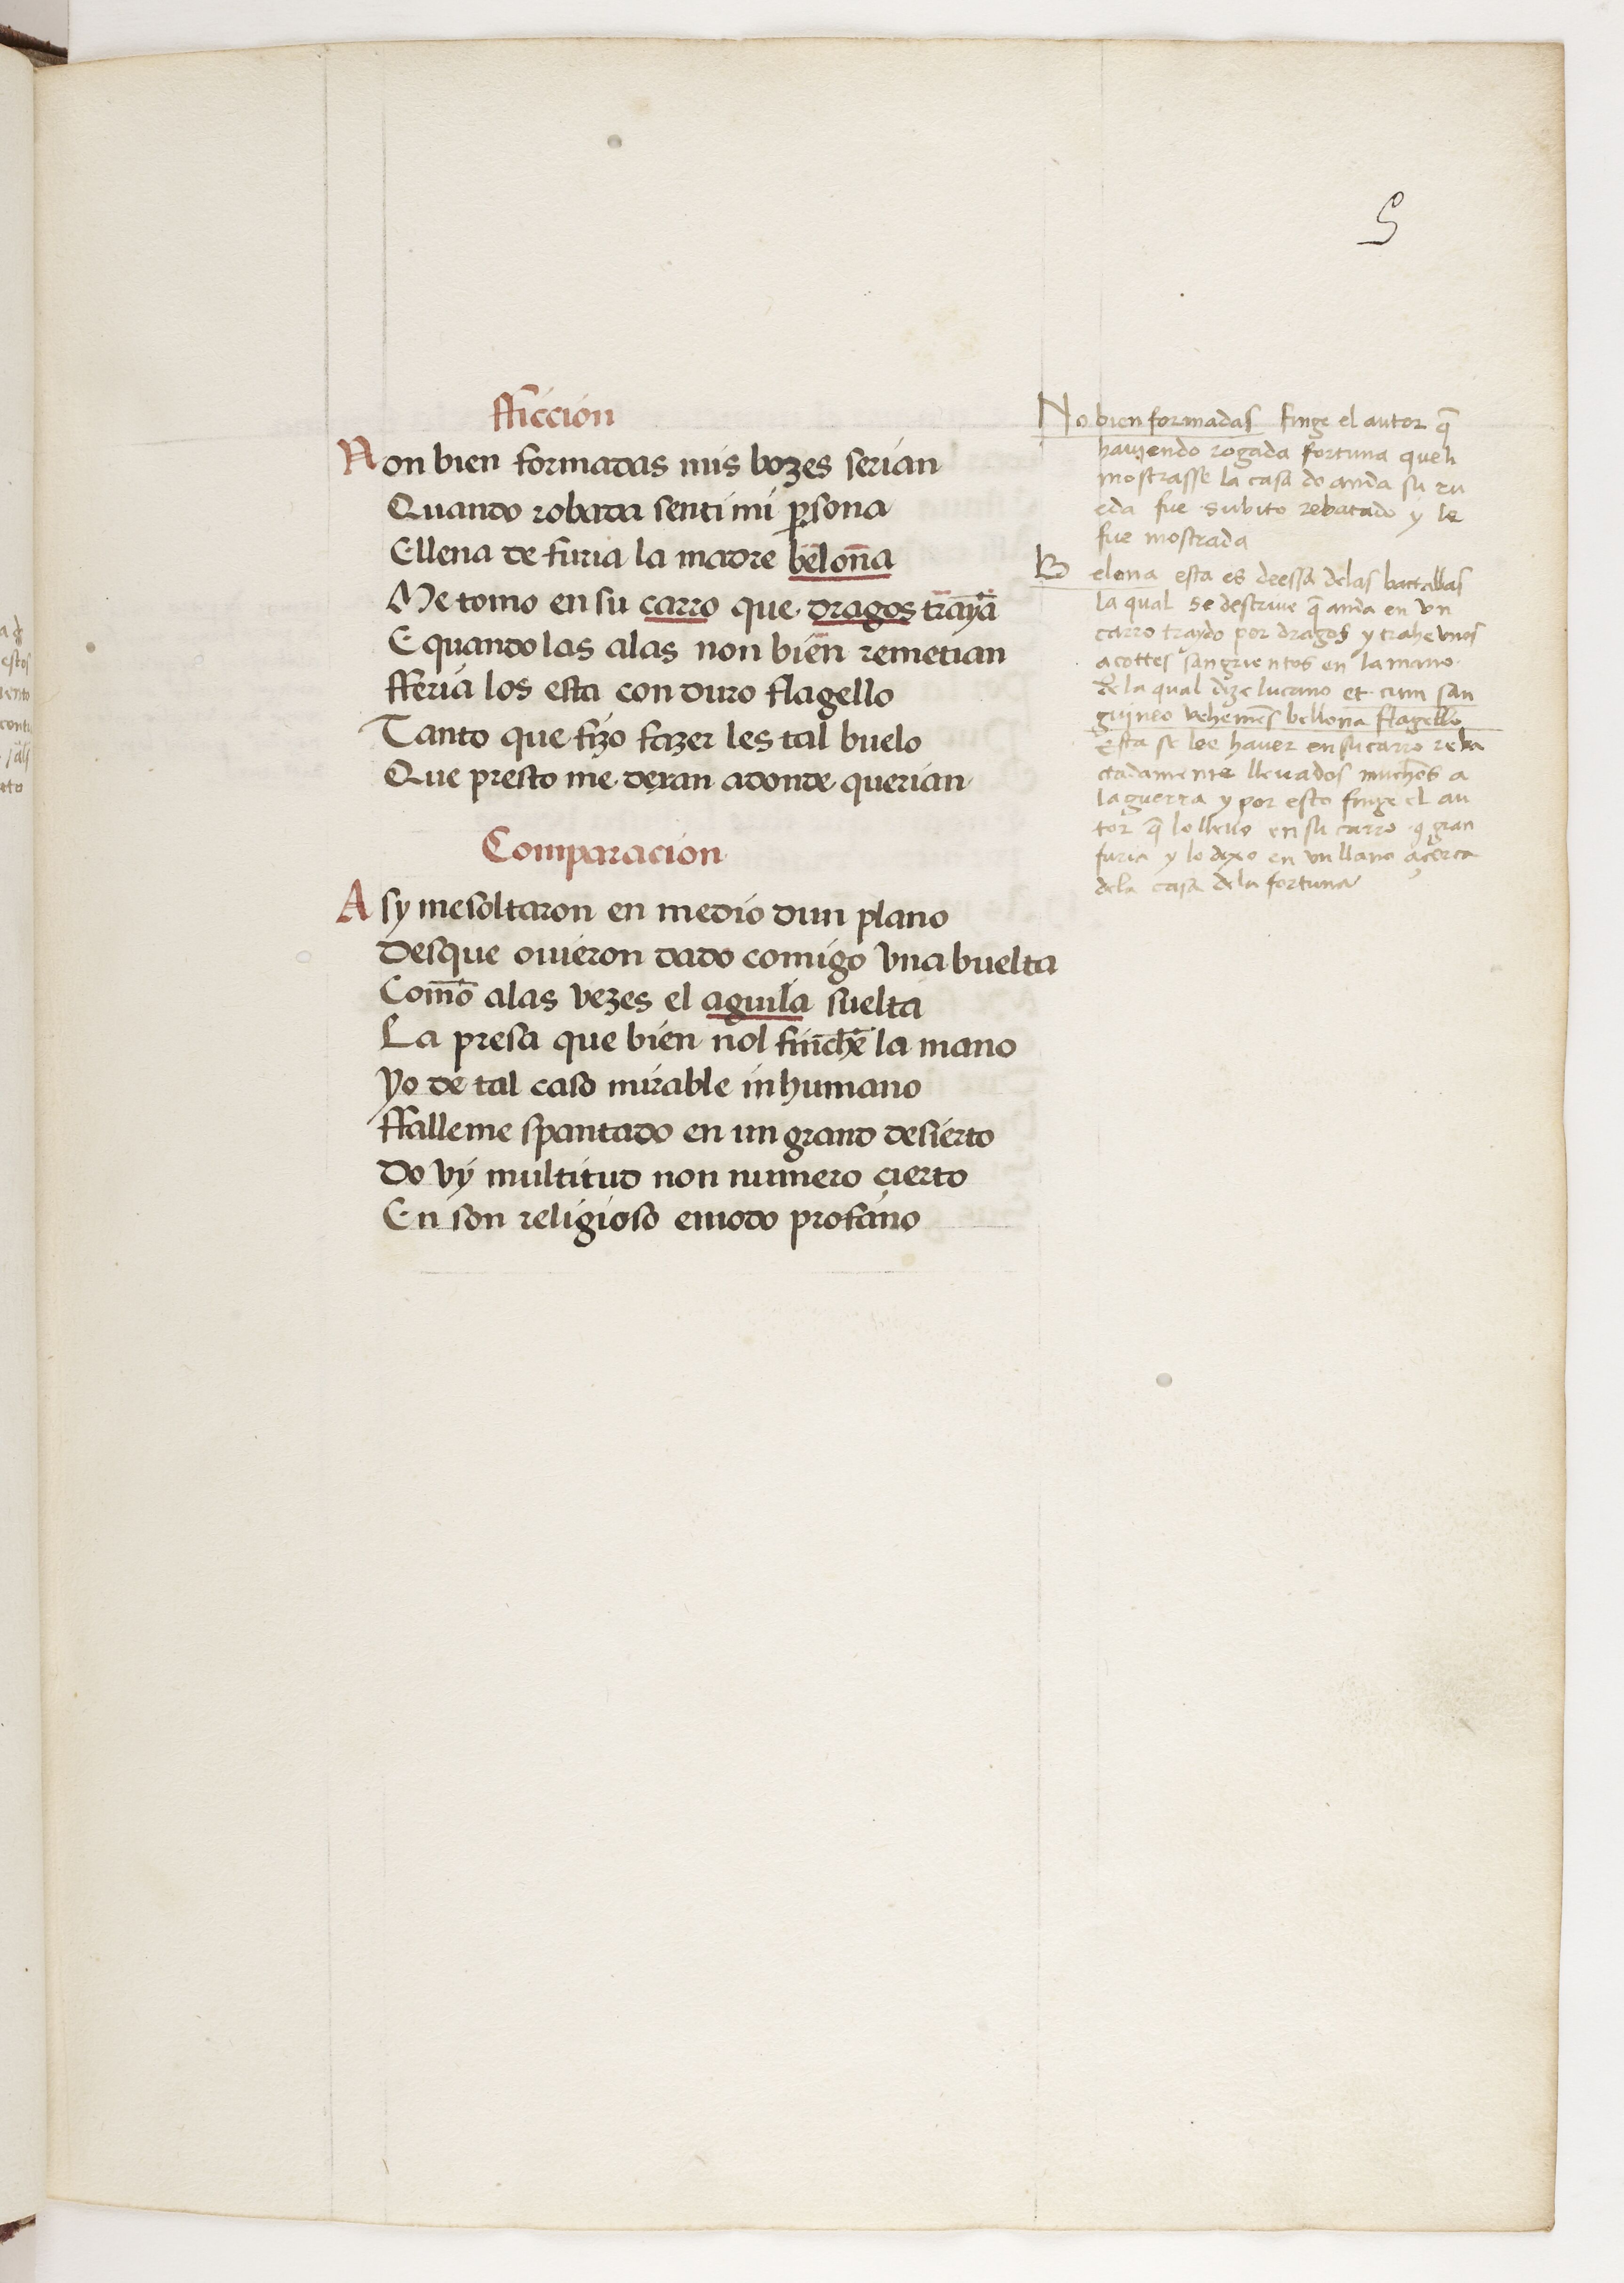
Shelfmark: Paris, BnF, esp. 229
Century: 15